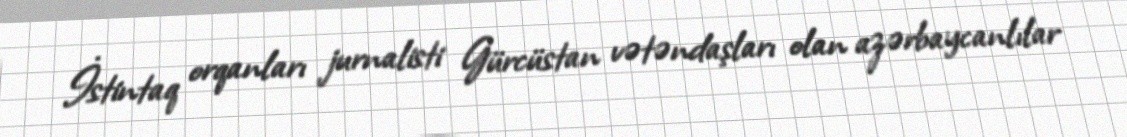
İstintaq orqanları jurnalisti Gürcüstan vətəndaşları olan azərbaycanlılar